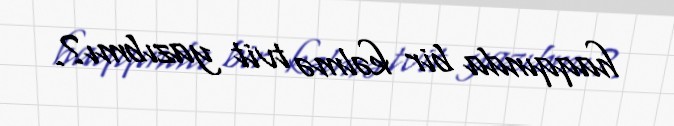
haqqında bir kəlmə tvit yazıbmı?.